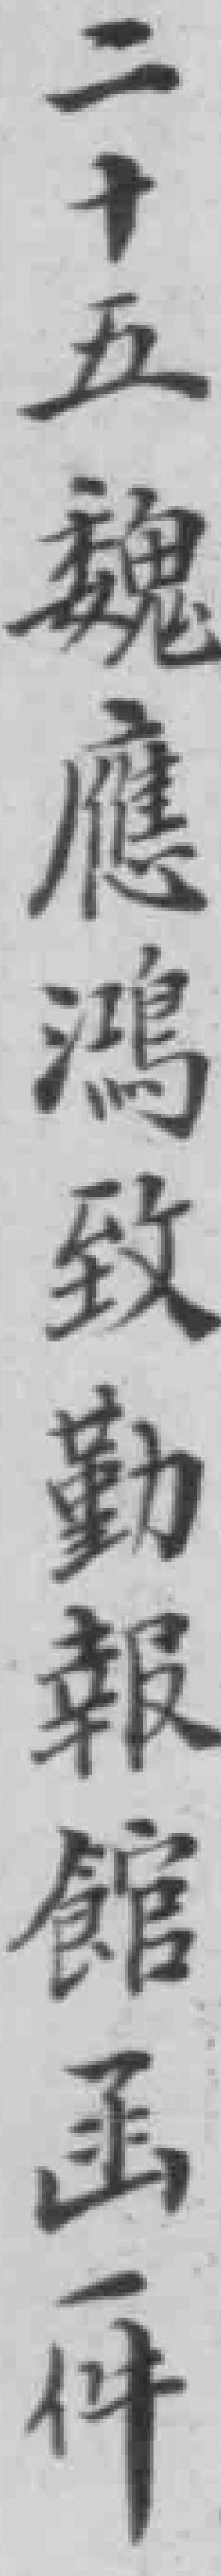
二十五魏應鴻致勤報館函一件